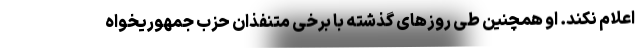
اعلام نکند. او همچنین طی روزهای گذشته با برخی متنفذان حزب جمهوریخواه